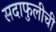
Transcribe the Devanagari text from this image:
सदाफुलीची